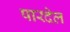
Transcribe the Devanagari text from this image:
पारदेल